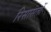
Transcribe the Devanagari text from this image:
रिसासतों